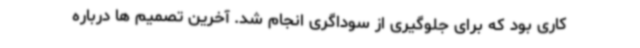
کاری بود که برای جلوگیری از سوداگری انجام شد. آخرین تصمیم‌ ها درباره